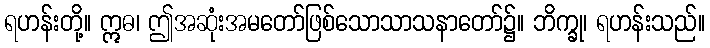
ရဟန်းတို့။ ဣဓ၊ ဤအဆုံးအမတော်ဖြစ်သောသာသနာတော်၌။ ဘိက္ခု၊ ရဟန်းသည်။